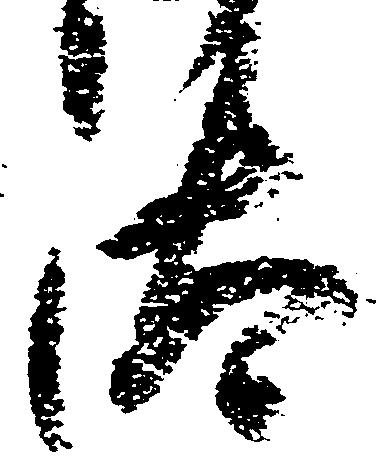
汰